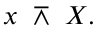
x \ \barwedge \ X .